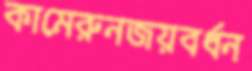
কামেরুনজয়বর্ধন